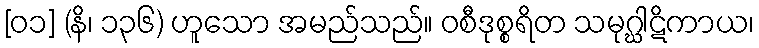
[၀၁] (နိ၊ ၁၃၆) ဟူသော အမည်သည်။ ဝစီဒုစ္စရိတ သမုဂ္ဃါဋိကာယ၊